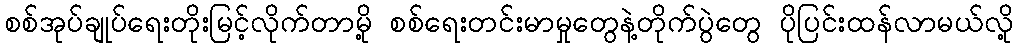
စစ်အုပ်ချုပ်ရေးတိုးမြင့်လိုက်တာမို့ စစ်ရေးတင်းမာမှုတွေနဲ့တိုက်ပွဲတွေ ပိုပြင်းထန်လာမယ်လို့